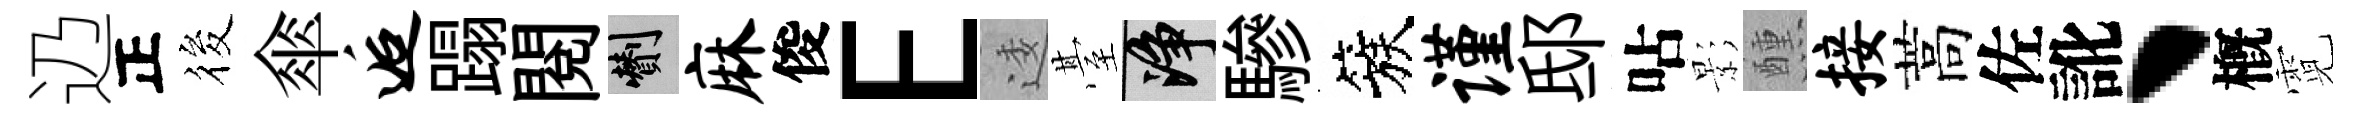
辸正筱傘逅蹋閲剪麻俊E逶䑓净驂簇谨邸呫影醺接蒿佐訛、槪霓